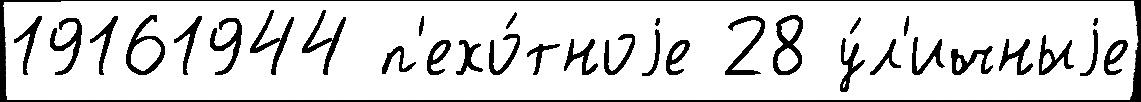
19161944 п'ехо́тноjе 28 у́л'ичныjе